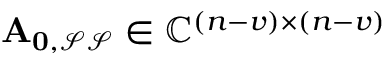
\mathbf { A _ { 0 , \mathcal { S } \mathcal { S } } } \in \mathbb { C } ^ { ( n - v ) \times ( n - v ) }